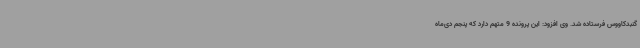
گنبدکاووس فرستاده شد. وی افزود: این پرونده 9 متهم دارد که پنجم دی‌ماه